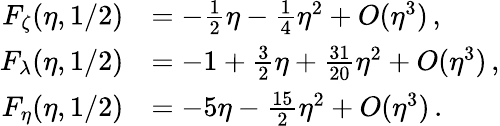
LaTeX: \begin{array}{rl}{F_{\zeta}(\eta,1/2)}&{=-\frac{1}{2}\eta-\frac{1}{4}\eta^{2}+O(\eta^{3})\, ,}\\ {F_{\lambda}(\eta,1/2)}&{=-1+\frac{3}{2}\eta+\frac{31}{20}\eta^{2}+O(\eta^{3})\, ,}\\ {F_{\eta}(\eta,1/2)}&{=-5\eta-\frac{15}{2}\eta^{2}+O(\eta^{3})\, .}\end{array}